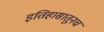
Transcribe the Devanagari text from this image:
इतिहासातूनच